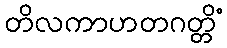
တိလကာဟတဂတ္တိံ